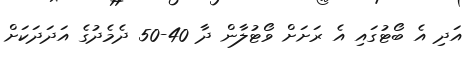
އަދި އެ ބޯޓުގައި އެ ރަށަށް ވޯޓުލާން ދާ 40-50 ދެމެދުގެ އަދަދަކަށް